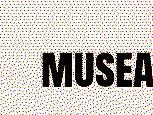
musea